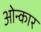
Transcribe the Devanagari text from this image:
ओन्कार